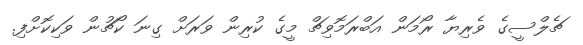
ޗެލްސީގެ ވެރިޔާ ރޯމަން އަބްރަމޮވިޗް މީގެ ކުރިން ވަރަށް ގިނަ ކޯޗުން ވަކިކޮށްފި.